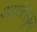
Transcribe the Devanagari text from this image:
अपरिस्कृत